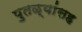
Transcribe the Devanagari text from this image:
पुतळ्यांसह